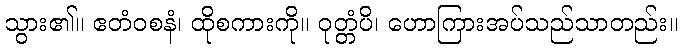
သွား၏။ ဧတံဝစနံ၊ ထိုစကားကို။ ဝုတ္တံပိ၊ ဟောကြားအပ်သည်သာတည်း။